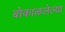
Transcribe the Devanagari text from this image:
बोकाळलेल्या